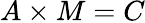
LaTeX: A\times M=C